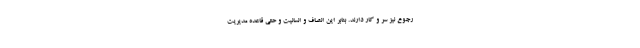
رجوع نیز سر و کار دارند. بنابر این انصاف و انسانیت و حتی قاعده مدیریت